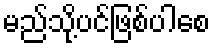
မည်သို့ပင်ဖြစ်ပါစေ